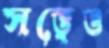
সত্ত্বেও